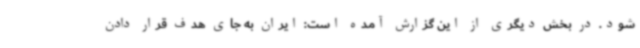
شود. در بخش دیگری از این گزارش آمده است: ایران به جای هدف قرار دادن